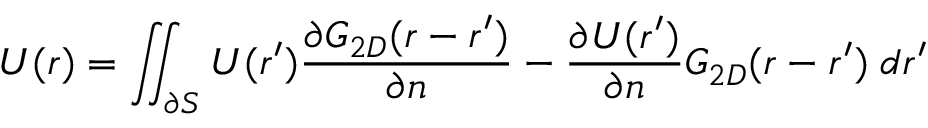
U ( \boldsymbol { r } ) = \iint _ { \partial S } U ( \boldsymbol { r ^ { \prime } } ) \frac { \partial G _ { 2 D } ( \boldsymbol { r } - \boldsymbol { r ^ { \prime } } ) } { \partial n } - \frac { \partial U ( \boldsymbol { r ^ { \prime } } ) } { \partial n } G _ { 2 D } ( \boldsymbol { r } - \boldsymbol { r ^ { \prime } } ) \; d \boldsymbol { r ^ { \prime } }